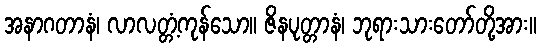
အနာဂတာနံ၊ လာလတ္တံ့ကုန်သော။ ဇိနပုတ္တာနံ၊ ဘုရားသားတော်တို့အား။